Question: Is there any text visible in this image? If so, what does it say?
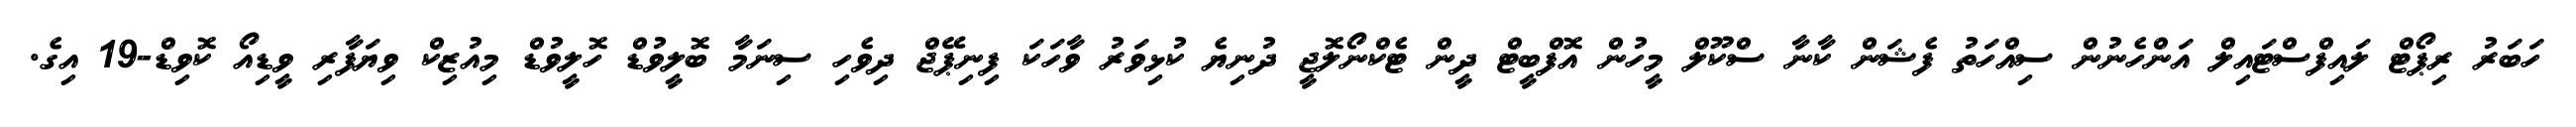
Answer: ހަބަރު ރިޕޯޓް ލައިފްސްޓައިލް އަންހެނުން ސިއްހަތު ފެޝަން ކާނާ ސްކޫލް މީހުން އޮފްބީޓް ދީން ޓެކްނޯލޮޖީ ދުނިޔެ ކުޅިވަރު ވާހަކަ ފިނިޕޭޖް ދިވެހި ސިނަމާ ބޮލީވުޑް ހޮލީވުޑް މިއުޒިކް ވިޔަފާރި ވީޑިއޯ ކޮވިޑް-19 އިގެ.